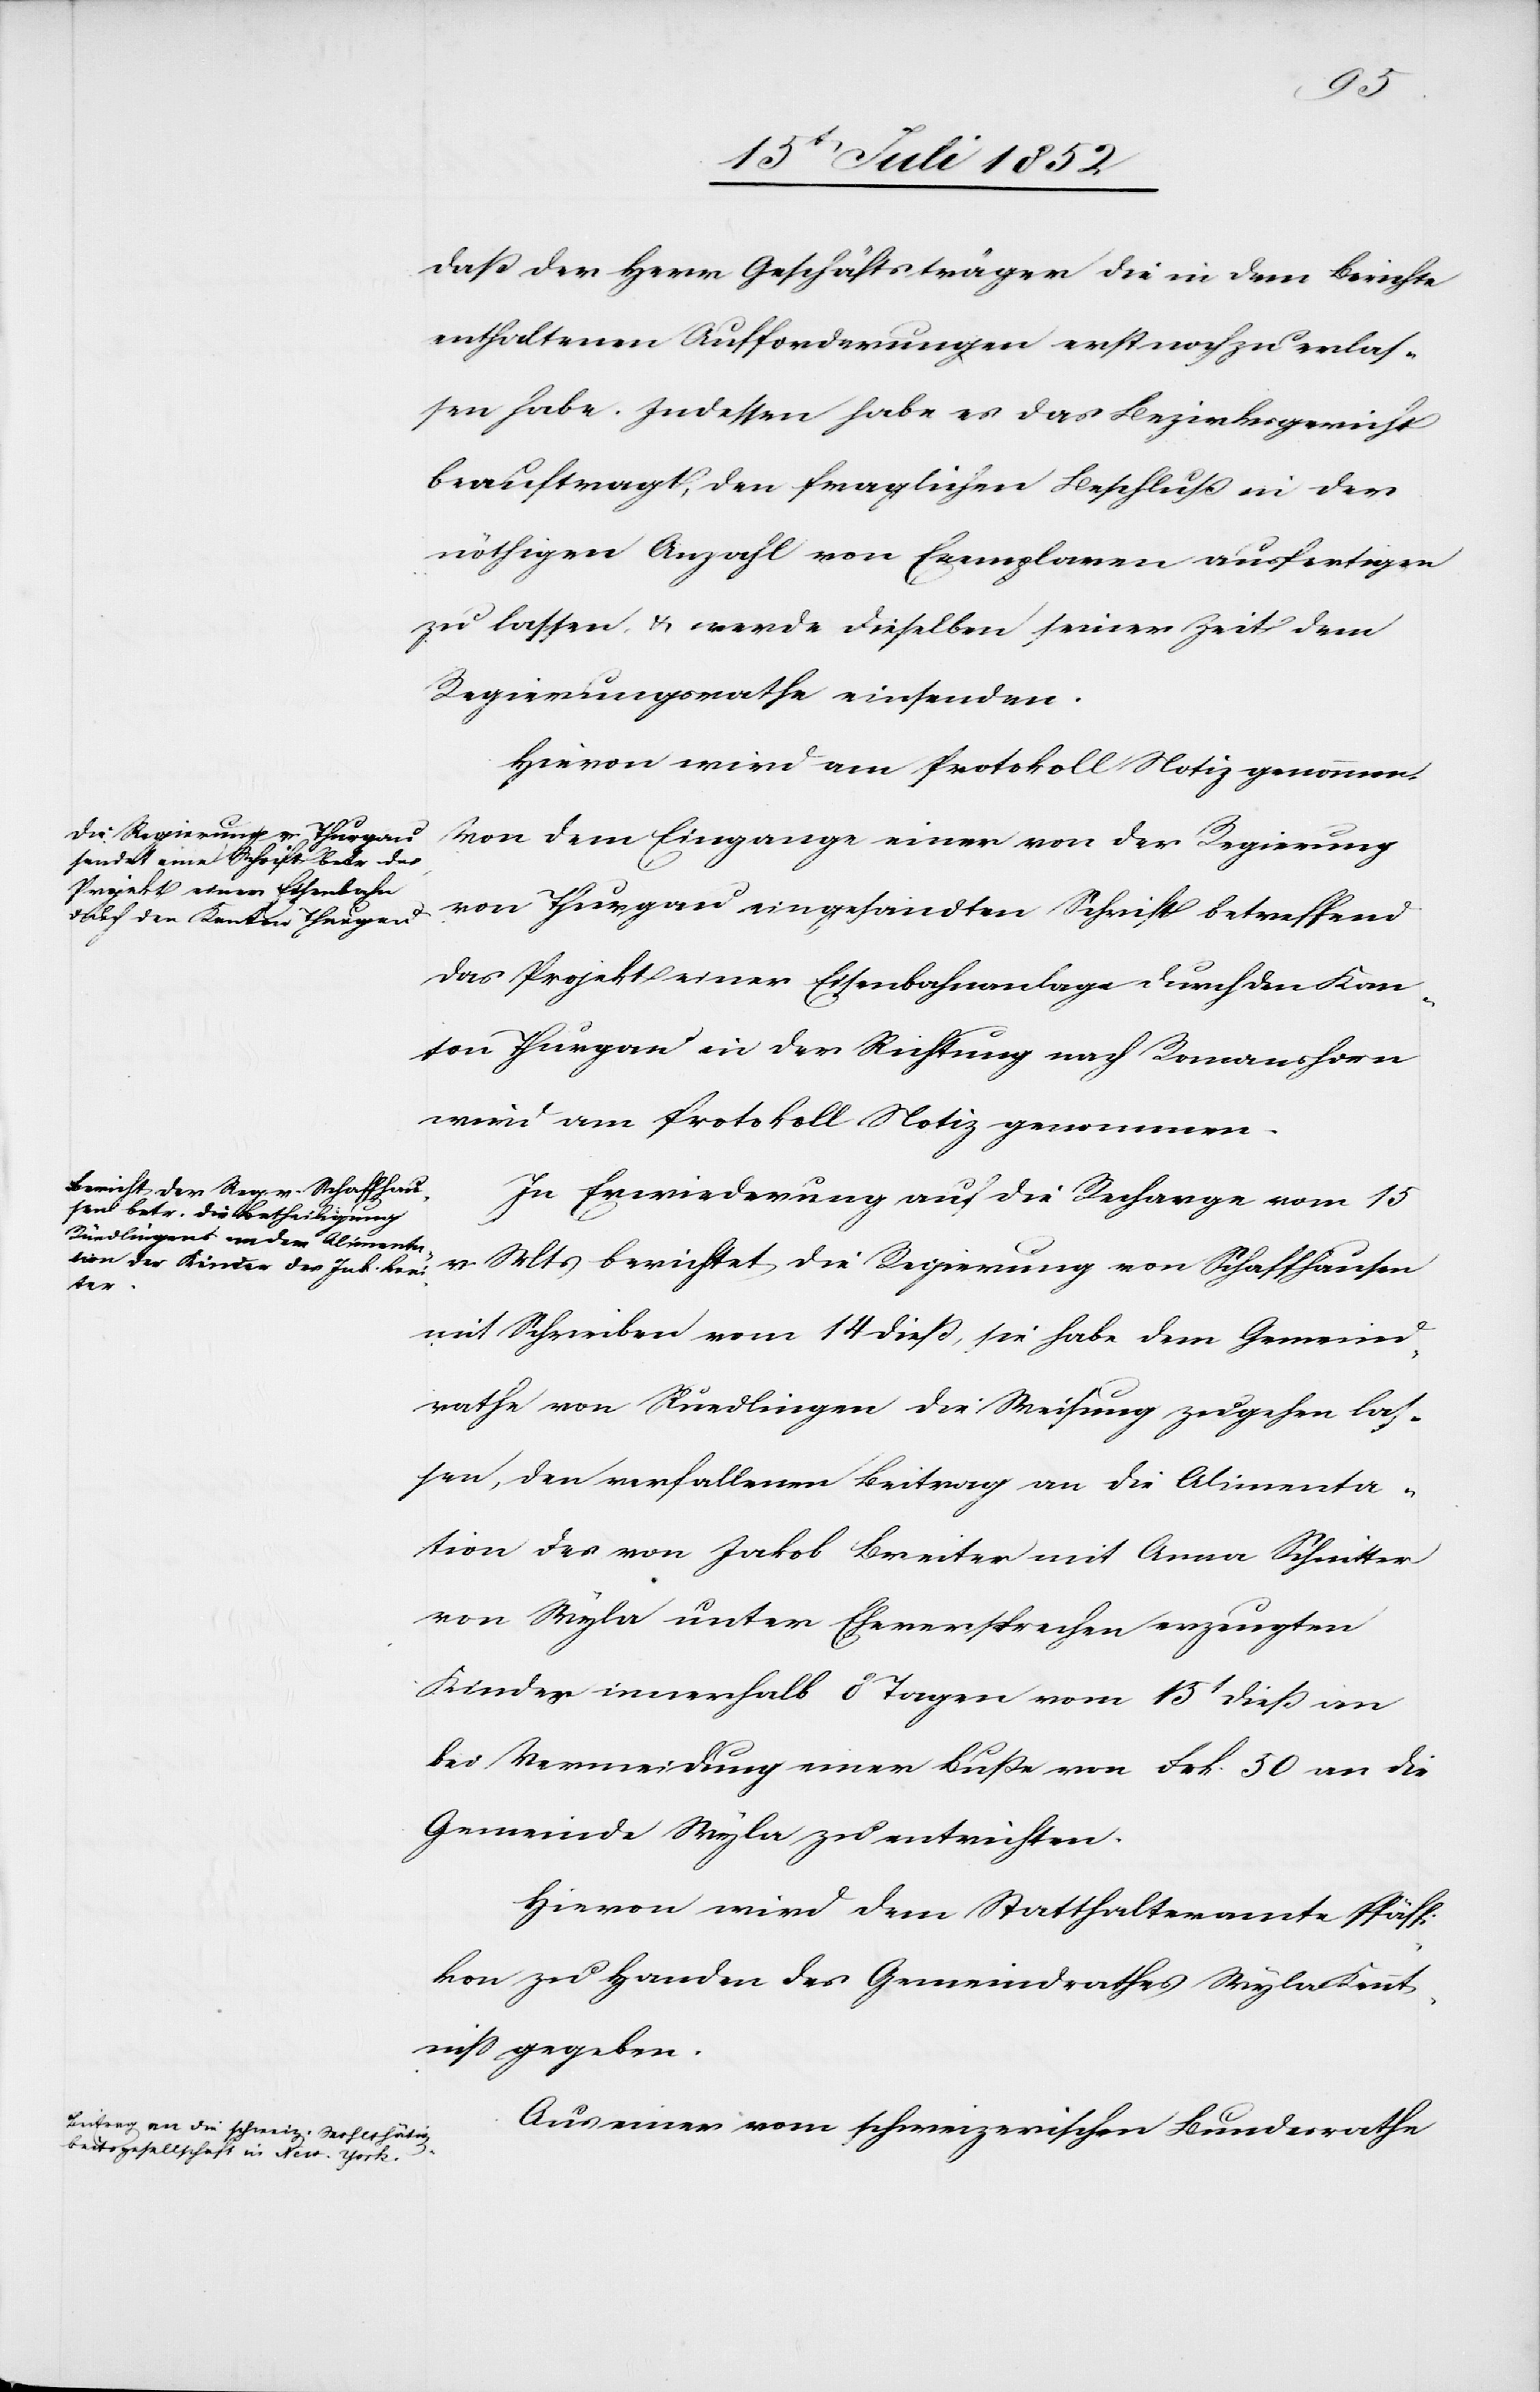
daß der Herr Geschäftsträger die in dem Berichte
enthaltenen Aufforderungen erst noch zu erlas¬
sen habe. Indessen habe es das Bezirksgericht
beauftragt, den fraglichen Beschluß in der
nöthigen Anzahl von Exemplaren ausfertigen
zu lassen, & werde dieselben seiner Zeit dem
Regierungsrathe einsenden.
Hievon wird am Protokoll Notiz genommen.
Von dem Eingange einer von der Regierung
von Thurgau eingesandten Schrift betreffend
das Projekt einer Eisenbahnanlage durch den Kan¬
ton Thurgau in der Richtung nach Romanshorn
wird am Protokoll Notiz genommen.
In Erwiederung auf die Recharge vom 15
v. Mts berichtet die Regierung von Schaffhausen
mit Schreiben vom 14 dieß, sie habe dem Gemeind¬
rathe von Ruedlingen die Weisung zugehen las¬
sen, den verfallenen Beitrag an die Alimenta¬
tion des von Jakob Breiter mit Anna Schnitter
von Wyla unter Eheversprechen erzeugten
Kindes innerhalb 8 Tagen vom 15t dieß an
bei Vermeidung einer Buße von Frk. 50 an die
Gemeinde Wyla zu entrichten.
Hievon wird dem Statthalteramte Pfäff¬
ikon zu Handen des Gemeindrathes Wyla Kennt¬
niss gegeben.
Aus einer vom schweizerischen Bundesrathe